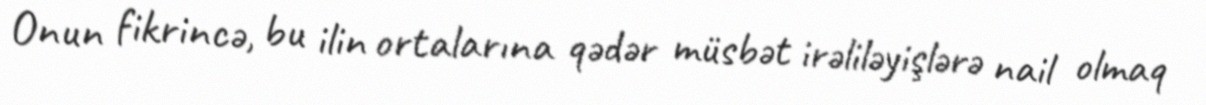
Onun fikrincə, bu ilin ortalarına qədər müsbət irəliləyişlərə nail olmaq